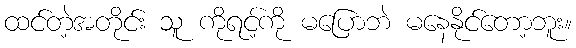
ထင်တဲ့အတိုင်း သူ ကိုရင့်ကို မပြောဘဲ မနေနိုင်တော့ဘူး။